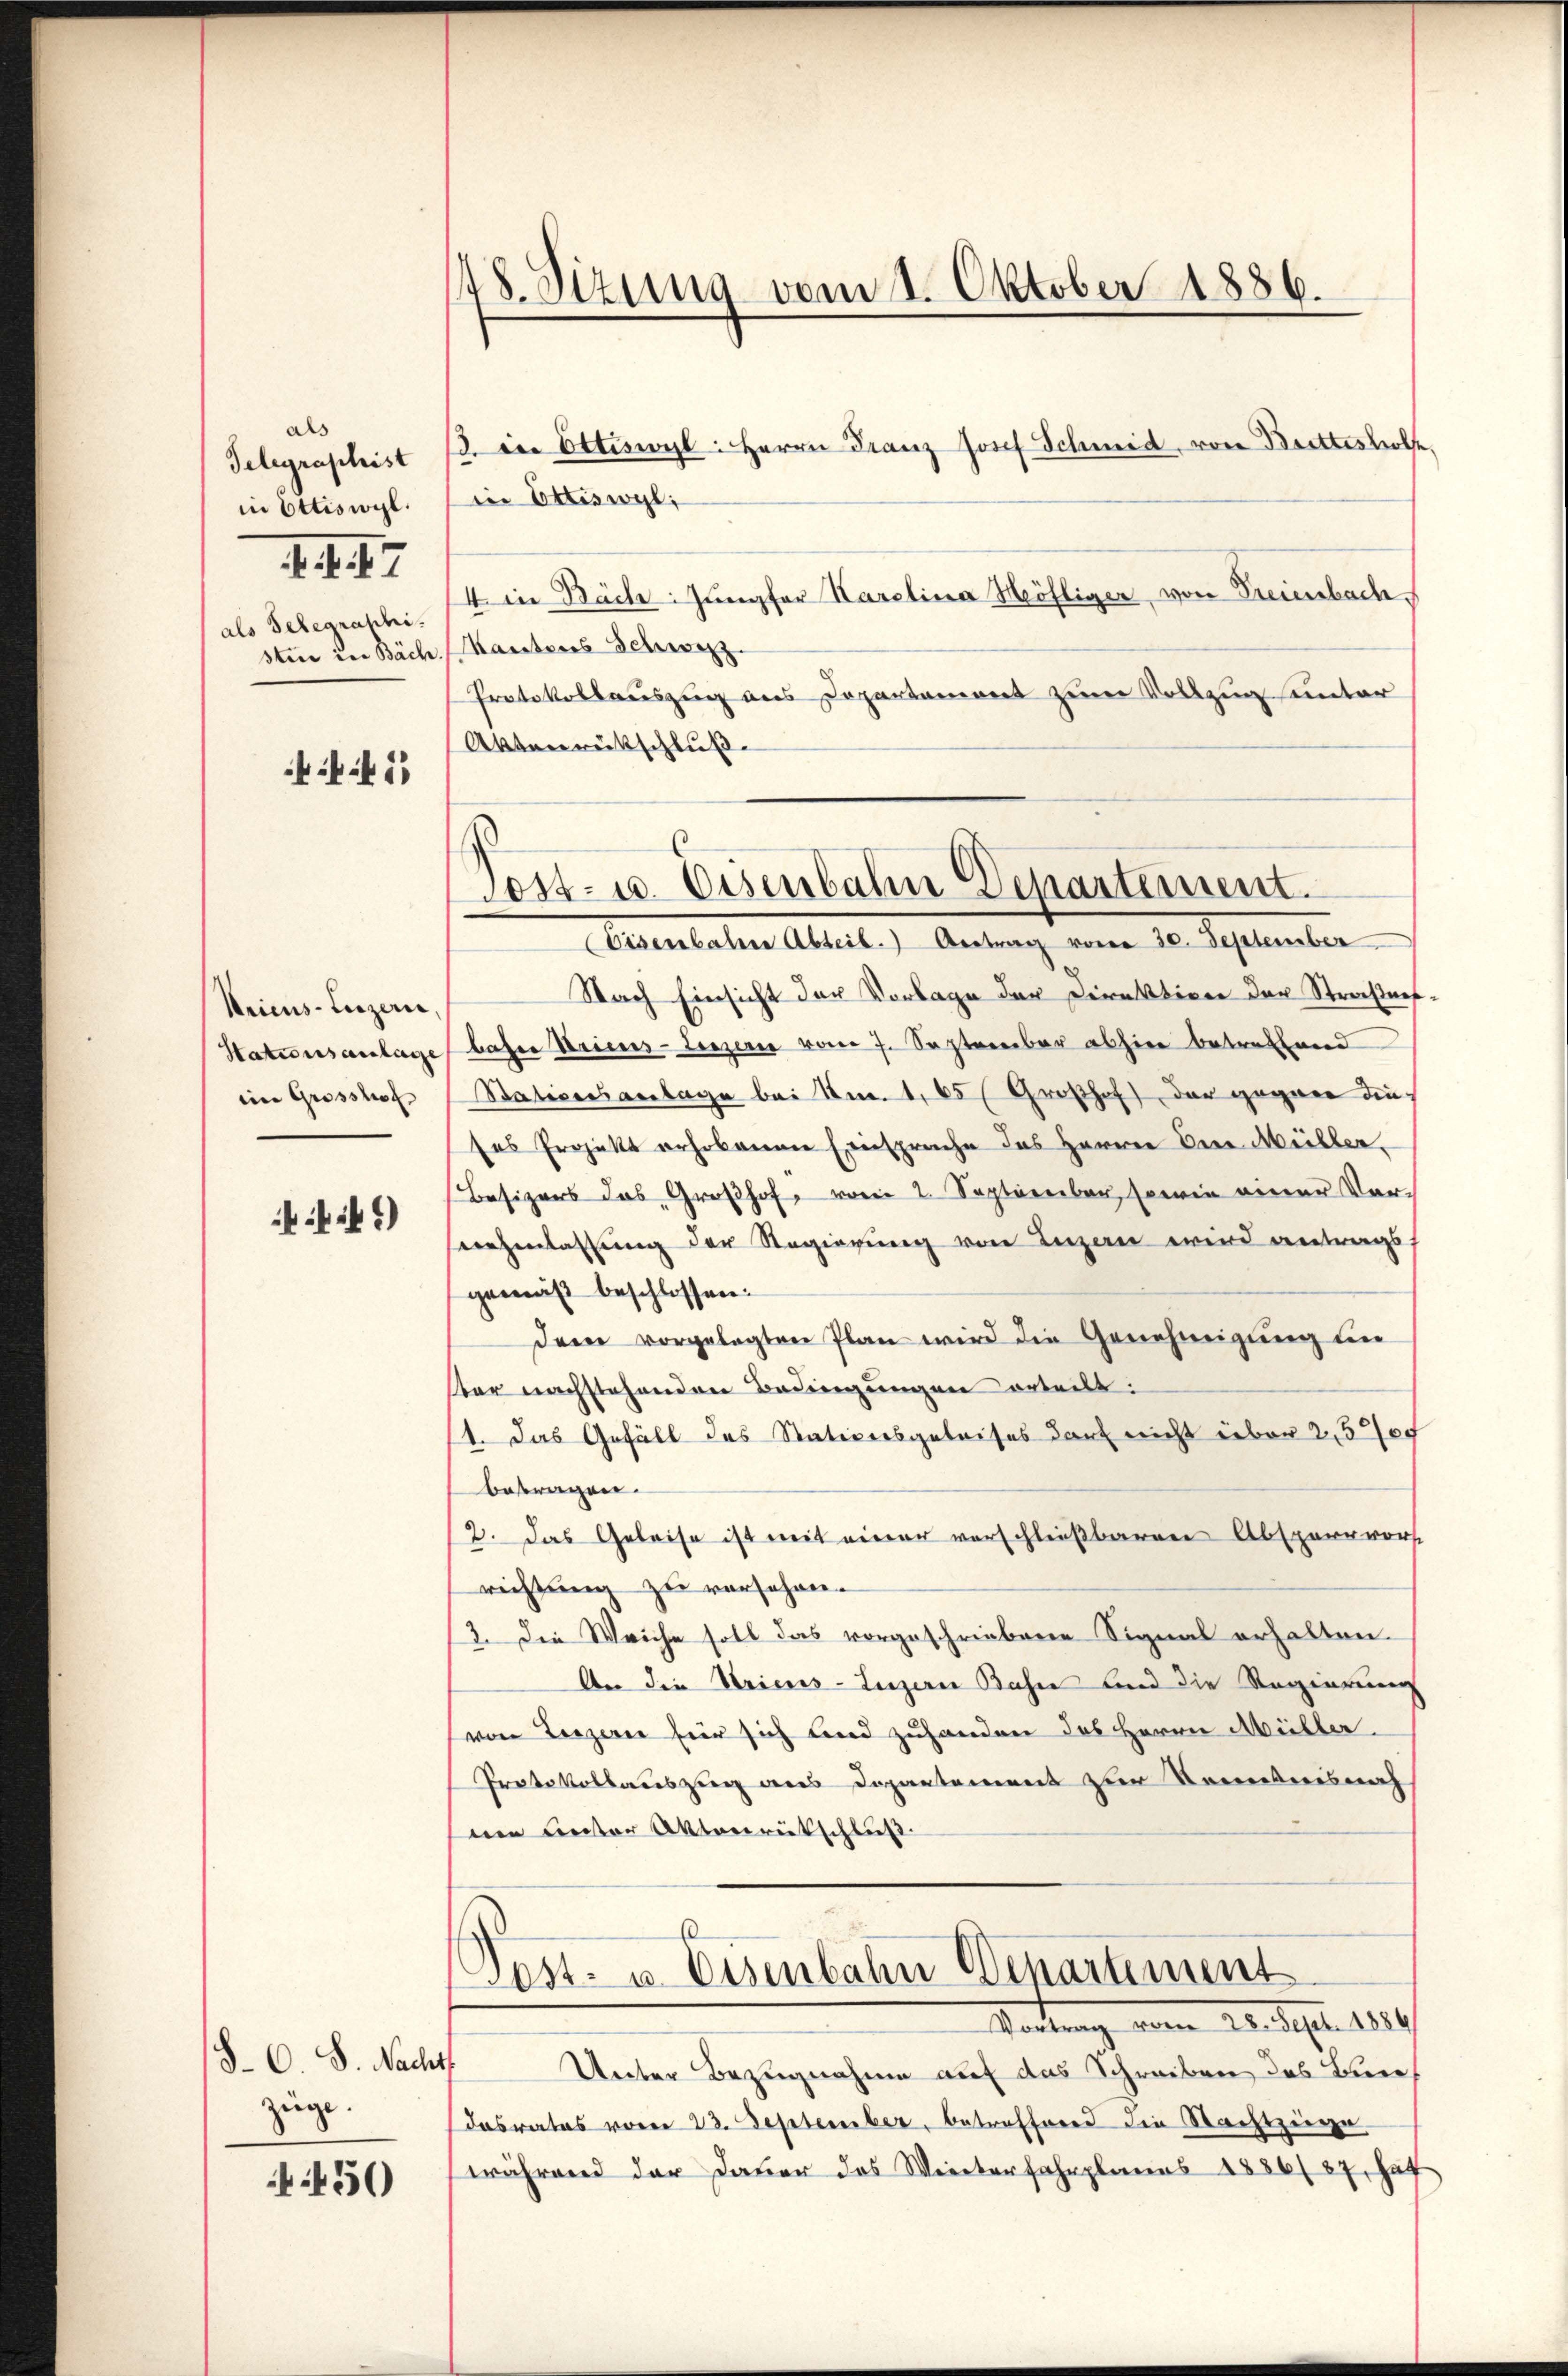
als
Telegraphist
in Ettiswyl.
als Telegraphi-
stin in Bäch

1. f. 47

if. 11

Uricus Luzern
Stationsanlage
eim Grosshof

i.)

§. 6. S. Nacht
züge.

450

148. Sizung vom 1. Oktober 1886.

3. Die Ottiswyl: Herrn Franz Josef Schmid, von Bretteshofe
in Ettiswyl,
4 in Bach: Jungfer Karolina Möhliger, von Freienbach.
Kantons Schwyz.
Protokollauszug aus Departament zum Vollzug unter
Aktenrütschluß
Eisenbahrer Abteil. Antrag vom 30. September
Nach Einsicht der Vorlage der Direktion der Straßensbahre Stricus - Lenzern vom 7. September abhin betreffend
Stationsanlage bei Am. 1, 65 ( Großhof der gegner dies
ses Projekt erhobenen Einsprache des Herren Die Müller,
Besizers das Großhof, vom 2. September, sowie einer Vorsiehenlassung der Regierung von Luzern wird antrags
gemäß beschlossen:
dem vorgelegten Plan wird die Genehmigung den
ster nachstehenden Bedingungen orteilt:
1. Das Gefäll des Stationsgeleises darf nichtüber 250f
betragen.
2. Das Geleise ist mit einer verschließbaren Absperrors
richtung zu verschen.
13. Die Weiche soll das vorgeschriebene Signal erhalten.
An die Stricus-Luzern Bahn und die Regierung
von Terzern für sich und zuhanden des Herrn Müller.
Protokollauszug aus Departement zur Kenntnisnah
deen unter Aktenrütschluß
Post- u. Eisenbahn Departement
Vortung vom 20. Sept. 1849
Unter Bezugnahme auf das Schreiben des Bun¬
Dasrates vom 23. September, betreffend die Nachtzeige
während der Dauer das Weiterfahrplanes 1886/87, hat

G
Post- u. Eisenbahn Departement.